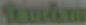
Rudan